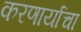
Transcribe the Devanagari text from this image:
करणार्याचा